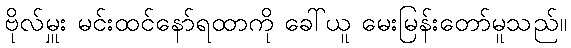
ဗိုလ်မှူး မင်းထင်နော်ရထာကို ခေါ်ယူ မေးမြန်းတော်မူသည်။